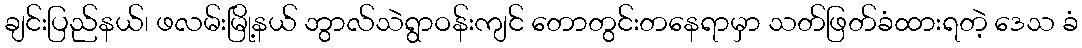
ချင်းပြည်နယ်၊ ဖလမ်းမြို့နယ် ဘွာလ်သဲရွာဝန်းကျင် တောတွင်းတနေရာမှာ သတ်ဖြတ်ခံထားရတဲ့ ဒေသ ခံ